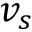
v _ { s }